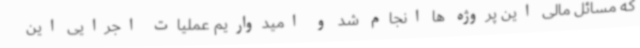
که مسائل مالی این پروژه ها انجام شد و امیدواریم عملیات اجرایی این